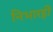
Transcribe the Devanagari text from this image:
निभारही